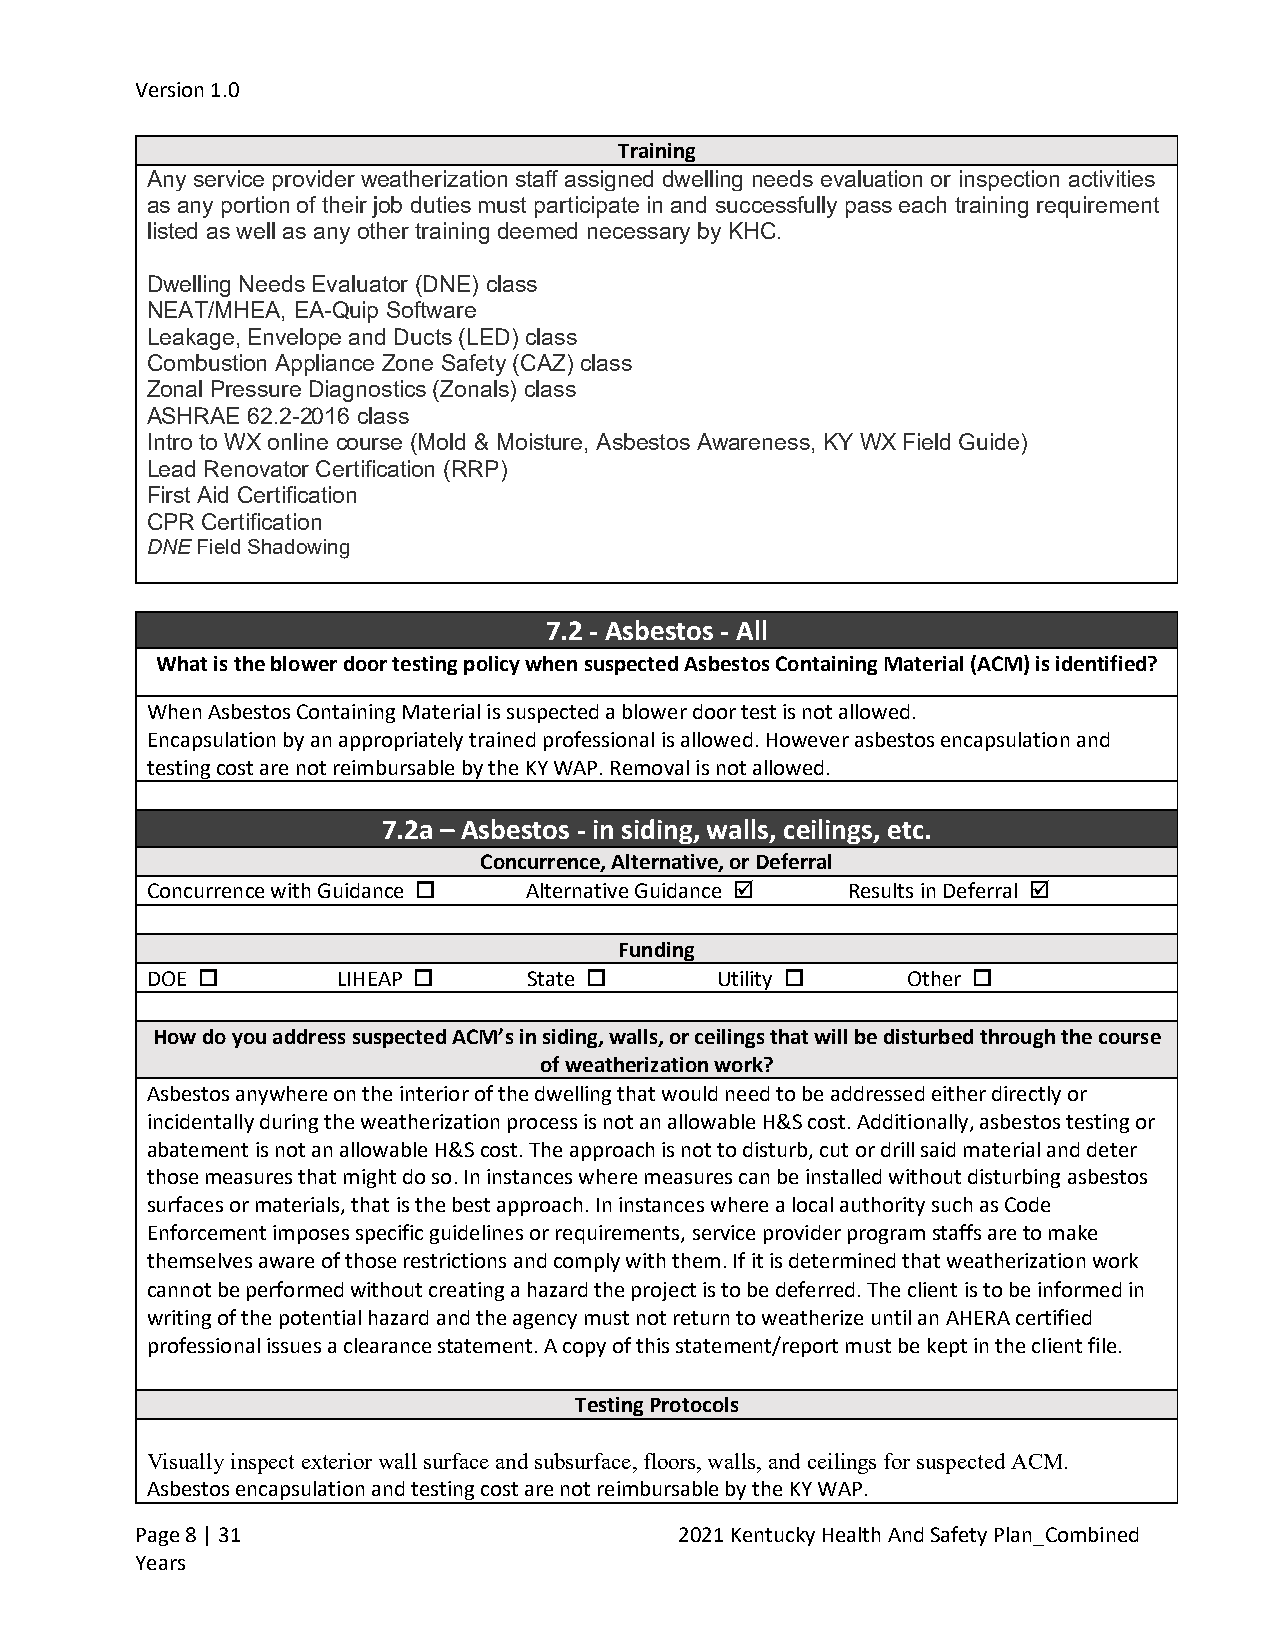
Version 1.0
 Training
 Any service provider weatherization staff assigned dwelling needs evaluation or inspection activities
 as any portion of their job duties must participate in and successfully pass each training requirement
 listed as well as any other training deemed necessary by KHC.
 Dwelling Needs Evaluator (DNE) class
 NEAT/MHEA, EA-Quip Software
 Leakage, Envelope and Ducts (LED) class
 Combustion Appliance Zone Safety (CAZ) class
 Zonal Pressure Diagnostics (Zonals) class
 ASHRAE 62.2-2016 class
 Intro to WX online course (Mold & Moisture, Asbestos Awareness, KY WX Field Guide)
 Lead Renovator Certification (RRP)
 First Aid Certification
 CPR Certification
 DNE Field Shadowing
 7.2 - Asbestos - All
 What is the blower door testing policy when suspected Asbestos Containing Material (ACM) is identified?
 When Asbestos Containing Material is suspected a blower door test is not allowed.
 Encapsulation by an appropriately trained professional is allowed. However asbestos encapsulation and
 testing cost are not reimbursable by the KY WAP. Removal is not allowed.
 7.2a – Asbestos - in siding, walls, ceilings, etc.
 Concurrence, Alternative, or Deferral
 Concurrence with Guidance  Alternative Guidance  Results in Deferral 
 Funding
 DOE        LIHEAP      State      Utility     Other 
 How do you address suspected ACM’s in siding, walls, or ceilings that will be disturbed through the course
 of weatherization work?
 Asbestos anywhere on the interior of the dwelling that would need to be addressed either directly or
 incidentally during the weatherization process is not an allowable H&S cost. Additionally, asbestos testing or
 abatement is not an allowable H&S cost. The approach is not to disturb, cut or drill said material and deter
 those measures that might do so. In instances where measures can be installed without disturbing asbestos
 surfaces or materials, that is the best approach. In instances where a local authority such as Code
 Enforcement imposes specific guidelines or requirements, service provider program staffs are to make
 themselves aware of those restrictions and comply with them. If it is determined that weatherization work
 cannot be performed without creating a hazard the project is to be deferred. The client is to be informed in
 writing of the potential hazard and the agency must not return to weatherize until an AHERA certified
 professional issues a clearance statement. A copy of this statement/report must be kept in the client file.
 Testing Protocols
 Visually inspect exterior wall surface and subsurface, floors, walls, and ceilings for suspected ACM.
 Asbestos encapsulation and testing cost are not reimbursable by the KY WAP.
 Page 8 | 31                         2021 Kentucky Health And Safety Plan_Combined
 Years